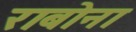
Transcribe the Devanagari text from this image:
राबोना